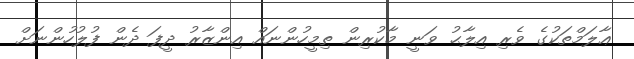
ޢާލަމްތަކުގެ ވެރި އިލާޙު ވަނީ މާކުރިން ތިމީހުންނައް އިންޒާރު ދީފަ ދެން ފުލުހުންނަށް